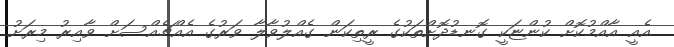
އެއީ އާއްމުކޮށް ކުންޏަކީ ގޮނޑުދޮށްތަކުގެ ރީތިކަން ގެއްލުވާލާ ވަރުގެ އެއްޗެއްސަށް ވާއިރު މިރަށު